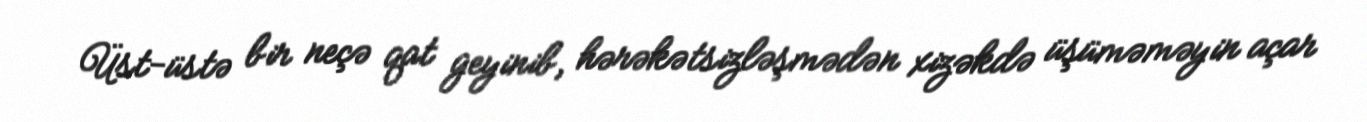
Üst-üstə bir neçə qat geyinib, hərəkətsizləşmədən xizəkdə üşüməməyin açar